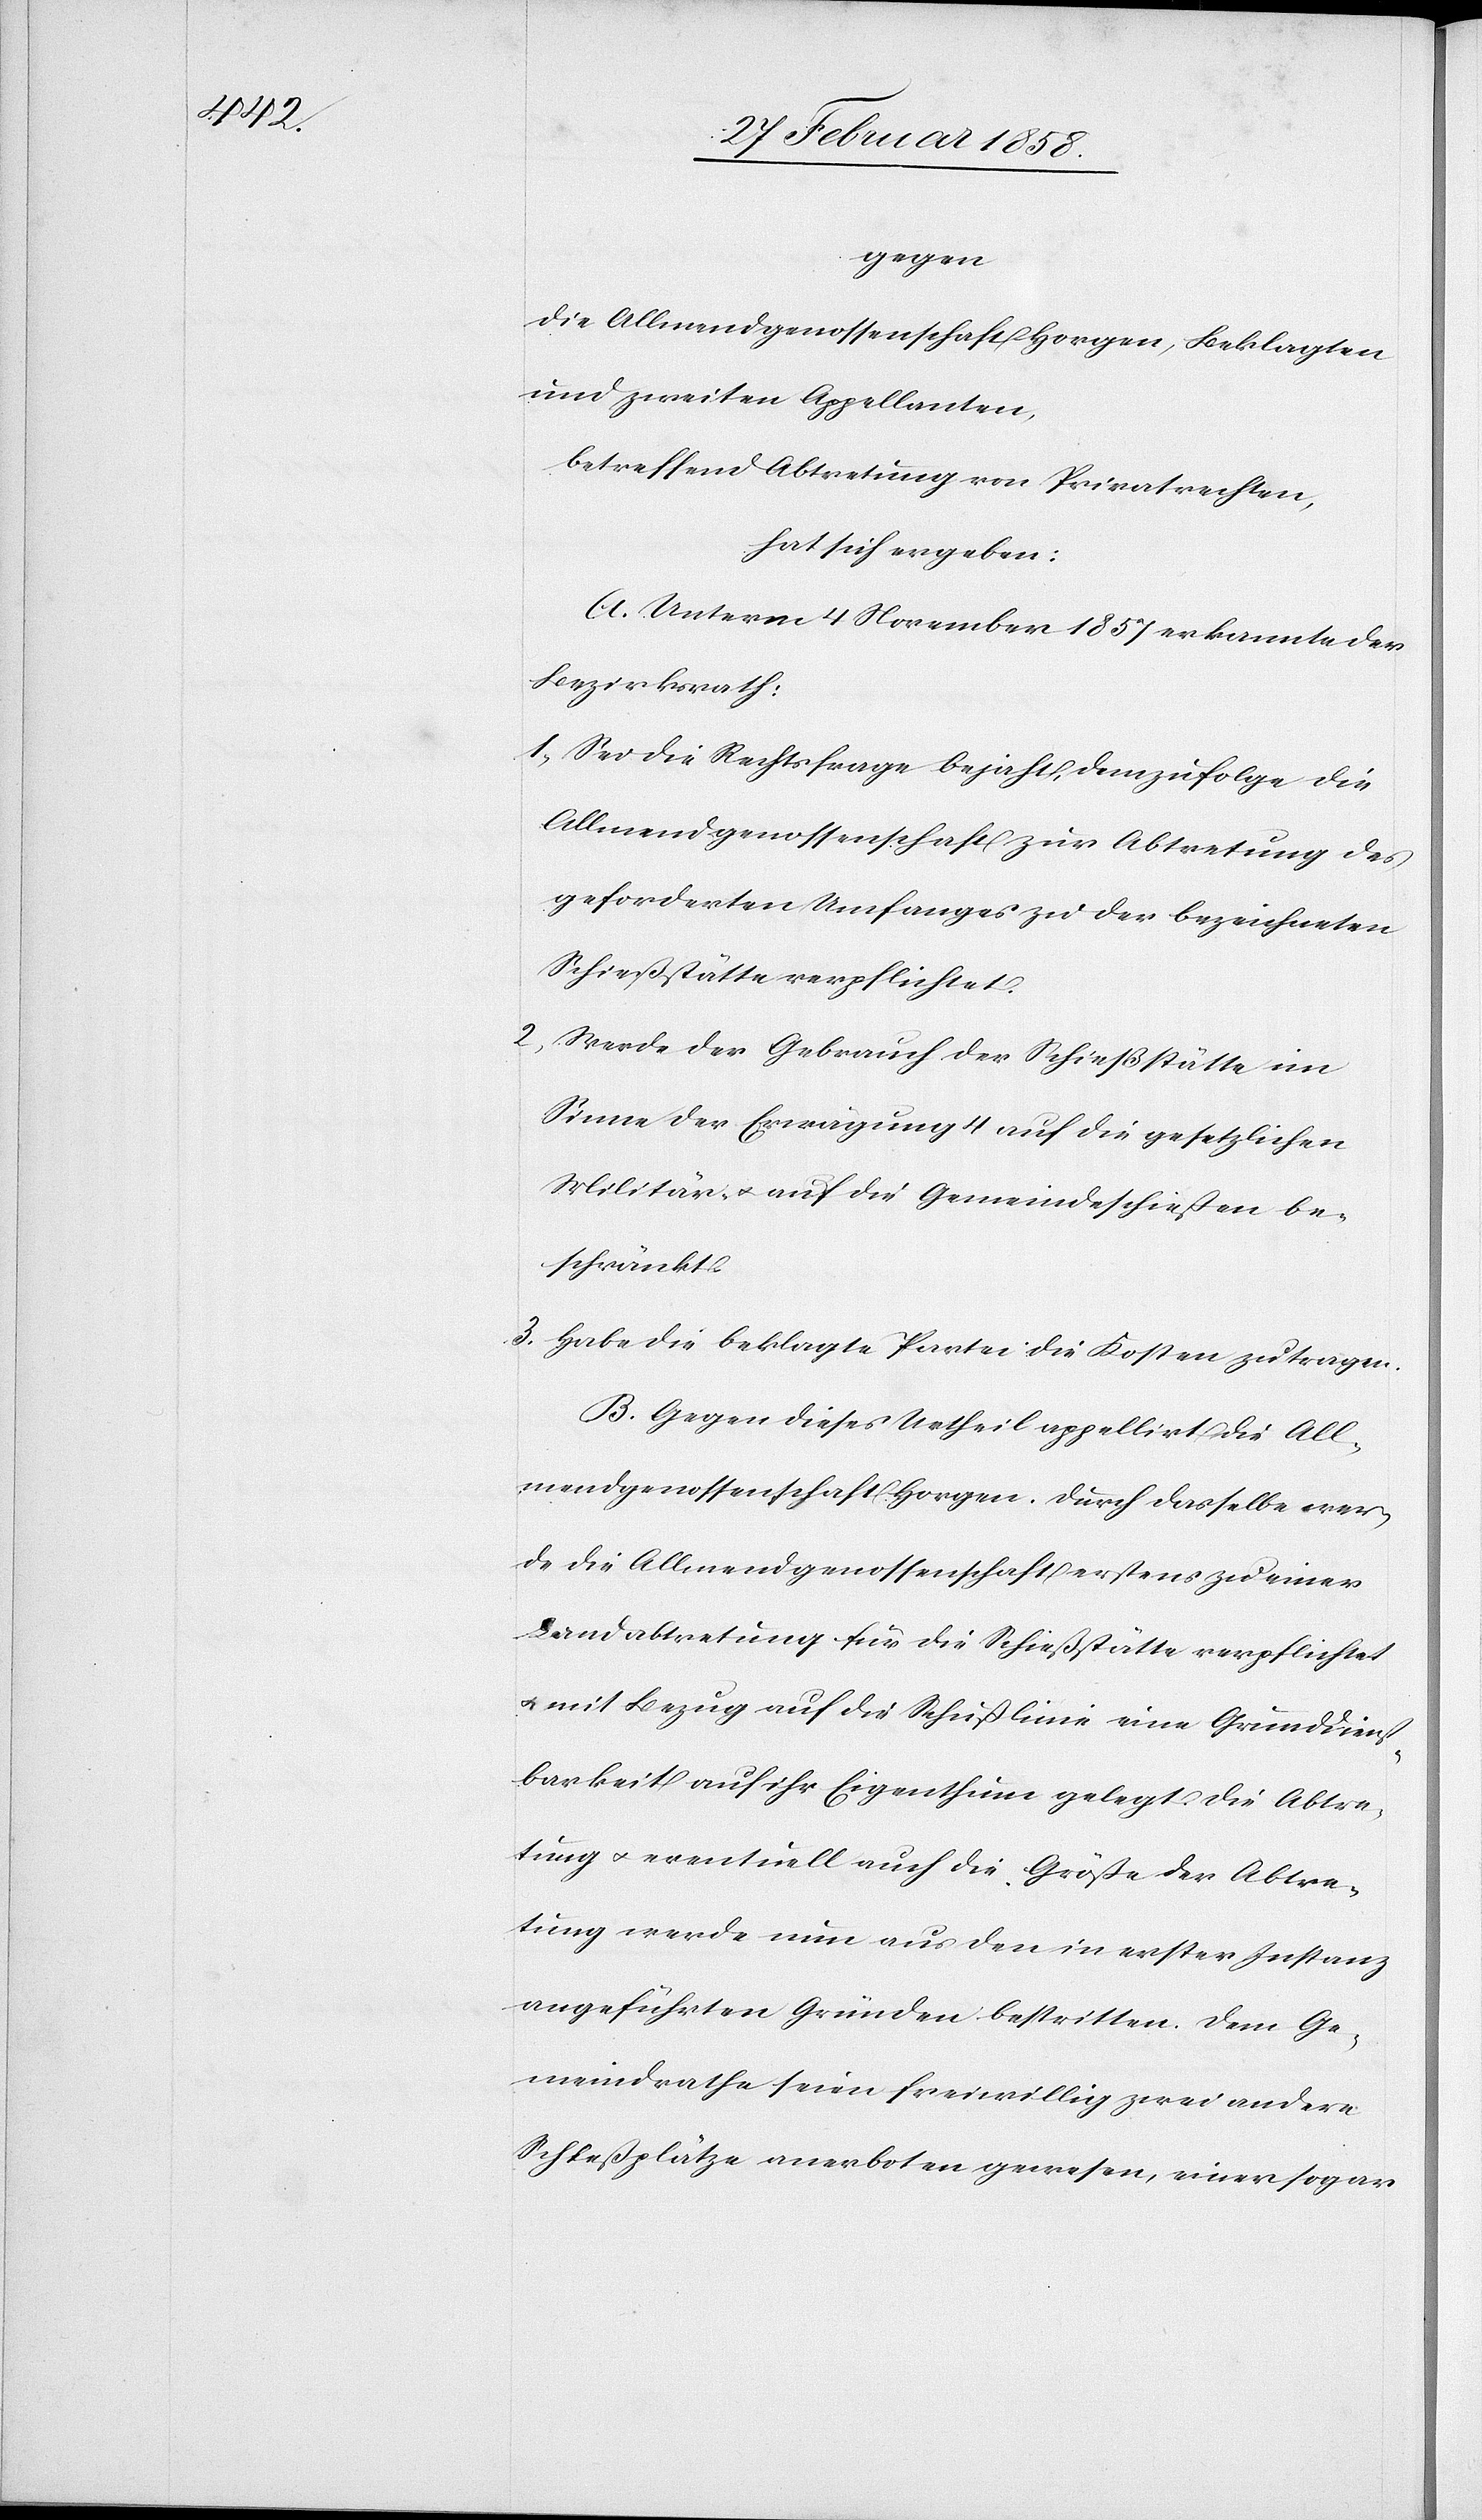
2.

gegen
die Allmendgenossenschaft Horgen, Beklagten
und zweiten Appellanten,
betreffend Abtretung von Privatrechten,
hat sich ergeben:
A. Unterm 4 November 1857 erkannte der
Bezirksrath:
1. Sei die Rechtsfrage bejaht, demzufolge die
Allmendgenossenschaft zur Abtretung des
geforderten Umfanges zu der bezeichneten
Schießstätte verpflichtet.
Werde der Gebrauch der Schießstätte im
Sinne der Erwägung 4 auf die gesetzlichen
Militär- u. auf die Gemeindeschießen be¬
schränkt.
3. Habe die beklagte Partei die Kosten zu tragen.
B. Gegen dieses Urtheil appellirt die All¬
mendgenossenschaft Horgen. Durch dasselbe wer¬
de die Allmendgenossenschaft erstens zu einer
Landabtretung für die Schießstätte verpflichtet
u. mit Bezug auf die Schießlinie eine Grunddienst¬
barkeit auf ihr Eigenthum gelegt. Die Abtre¬
tung u. eventuell auch die Größe der Abtre¬
tung werde nun aus den in erster Instanz
angeführten Gründen bestritten. Dem Ge¬
meindrathe seien freiwillig zwei andere
Schießplätze anerboten gewesen, einer sogar